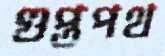
গুপ্তপথ